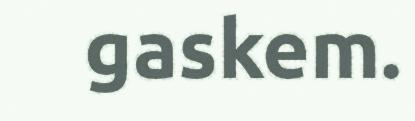
gaskem.